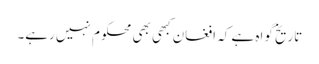
تاریخ گواہ ہے کہ افغان کبھی بھی محکوم نہیں رہے۔